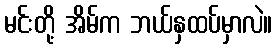
မင်းတို့ အိမ်က ဘယ်နှထပ်မှာလဲ။